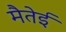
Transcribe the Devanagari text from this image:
मैतेई